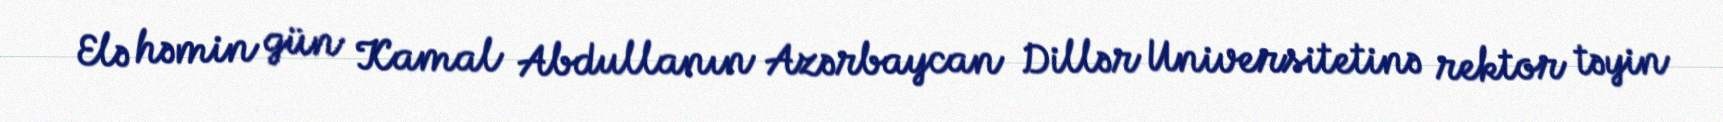
Elə həmin gün Kamal Abdullanın Azərbaycan Dillər Universitetinə rektor təyin